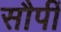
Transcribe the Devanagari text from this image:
सौपीं